Report on lock hospitals in British Burma
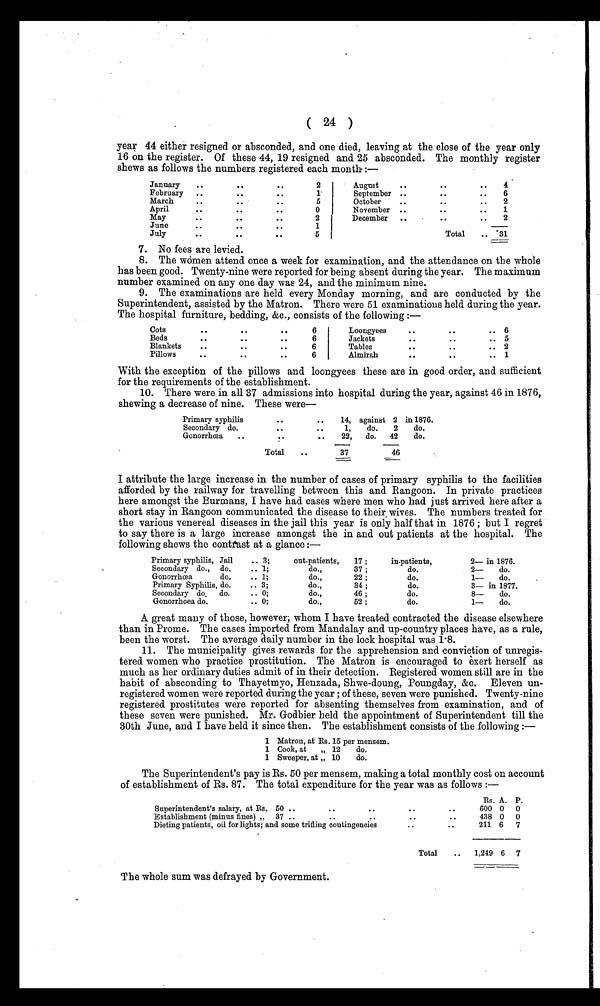
( 24 )
year 44 either resigned or absconded, and one died, leaving at the close of the year only
16 on the register. Of these 44, 19 resigned and 25 absconded. The monthly register
shews as follows the numbers registered each month- :—
January
.. ..
..
2
August
.. ..
..
4
February
..
..
. .
1
September ..
..
..
6
March
..
..
5
October
..
..
..
.
2
April
.. ..
..
0
November ..
..
1
May
..
..
2
December
..
.. ..
2
June
..
..
. .
1
July
..
. .
5
Total
31
7. No fees are levied.
8. The wómen attend once a week for examination, and the attendance on the whole
has been good. Twenty-nine were reported for being absent during the year. The maximum
number examined on any one day was 24, and the minimum nine.
9. The examinations are held every Monday morning, and are conducted by the
Superintendent, assisted by the Matron. There were 51 examinations held during the year.
The hospital furniture, bedding, &c., consists of the following :—
Cots..
..
•
6
Loongyees
.. ..
..
6
Beds
..
..
• •
6
Jackets
..
..
.. 5
Blankets
..
..
• •
6
Tables
.. ..
..
2
Pillows
..
.. ..
6
Almirah
.. ..
..
1
With the exception of the pillows and loongyees these are in good order, and sufficient
for the requirements of the establishment.
10. There were in all 37 admissions into hospital during the year, against 46 in 1876,
shewing a decrease of nine. These were
Primary syphilis
.. ..
14, against 2 in 1876.
Secondary do.
.. ..
1,
do.
2
do.
Gonorrhœa.. . .
22,
do.
42
do.
Total
..
37
46
I attribute the large increase in the number of cases of primary syphilis to the facilities
afforded by the railway for travelling between this and Rangoon. In private practices
here amongst the Burmans, I have had cases where men who had just arrived here after a
short stay in Rangoon communicated the disease to their wives. The numbers treated for
the various venereal diseases in the jail this year is only half that in 1876 ; but I regret
to say there is a large increase amongst the in and out patients at the hospital. The
following shews the contrast at a glance :—
Primary syphilis, Jail
.. 3;
out-patients,
17 ;
in-patients,
2— in 1876.
Secondary do.,, do.
..1;
do.,
37 ;
do.
2—
do.
Gonorrhœa
do.
.. 1 ;
do.,
22 ;
do.
1—
do.
Primary Syphilis, do.
.. 3;
do.,
34 ;
do.
3— in 1877.
Secondary do. do.
.. 0;
do.,
46 ;
do.
8—
do.
Gonorrhoea do.
.. 0;
do.,
52 ;
do.
1—
do.
A great many of those, however; whom I have treated contracted the disease elsewhere
than in Prome. The cases imported from Mandalay and up-country places have, as a rule,
been the worst. The average daily number in the lock hospital was 1.8.
11. The municipality gives rewards for the apprehension and conviction of unregis-
tered women who practice prostitution. The Matron is encouraged to exert herself as
much as her ordinary duties admit of in their detection. Registered women still are in the
habit of absconding to Thayetmyo, Henzada, Shwe-doung, Poungday, &c. Eleven un-
registered women were reported during the year ; of these, seven were punished. Twenty-nine
registered prostitutes were reported for absenting themselves from examination, and of
these seven were punished. Mr. Godbier held the appointment of Superintendent till the
30th June, and I have held it since then. The establishment consists of the following :—
1 Matron, at Rs. 15 per mensem.
1 Cook, at
„ 12
do.
1 Sweeper, at „ 10
do.
The Superintendent's pay is Rs. 50 per mensem, making a total monthly cost on account
of establishment of Rs. 87. The total expenditure for the year was as follows :—
Rs. A. P.
Superintendent's salary, at Rs. 50 ..
..
..
..
..
600 0 0
Establishment (minus fines) „ 37 ..
..
..
438 0 0
Dieting patients, oil for lights; and some trifling contingencies
..
211 6
7
Total
..
1,249 6 7
The whole sum was defrayed by Government.